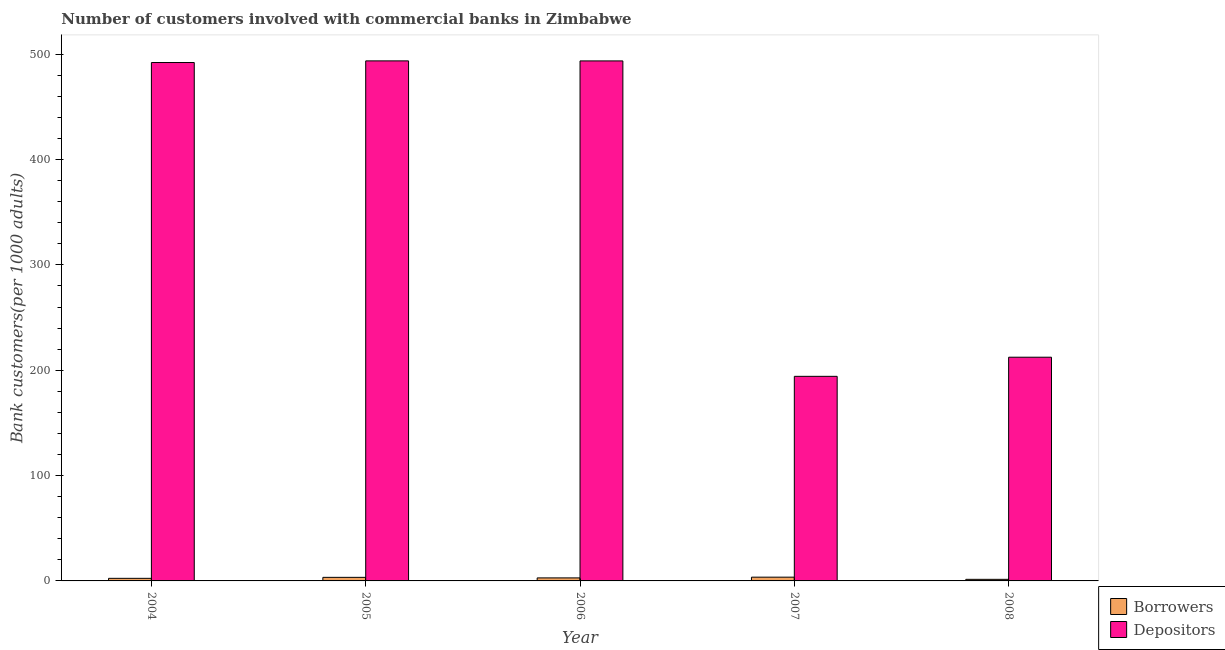
| Year | Borrowers | Depositors |
 | --- | --- | --- |
 | 2004 | 2.46 | 492 |
 | 2005 | 3.38 | 494 |
 | 2006 | 2.87 | 494 |
 | 2007 | 3.57 | 194 |
 | 2008 | 1.51 | 212 |